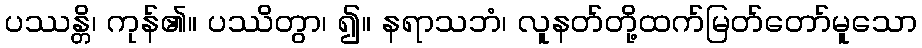
ပဿန္တိ၊ ကုန်၏။ ပဿိတွာ၊ ၍။ နရာသဘံ၊ လူနတ်တို့ထက်မြတ်တော်မူသော